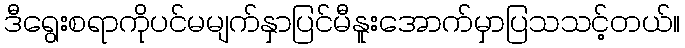
ဒီရွေးစရာကိုပင်မမျက်နှာပြင်မီနူးအောက်မှာပြသသင့်တယ်။